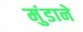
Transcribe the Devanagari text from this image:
मुंडाने